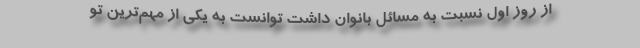
از روز اول نسبت به مسائل بانوان داشت توانست به یکی از مهم‌ترین تو